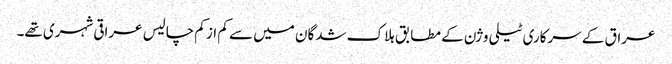
عراق کے سرکاری ٹیلی وژن کے مطابق ہلاک شدگان میں سے کم از کم چالیس عراقی شہری تھے۔